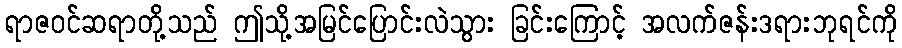
ရာဇဝင်ဆရာတို့သည် ဤသို့အမြင်ပြောင်းလဲသွား ခြင်းကြောင့် အလက်ဇန်းဒရားဘုရင်ကို